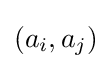
(a_{i},a_{j})